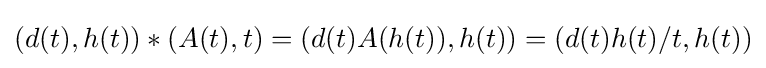
(d(t),h(t))*(A(t),t)=(d(t)A(h(t)),h(t))=(d(t)h(t)/t,h(t))